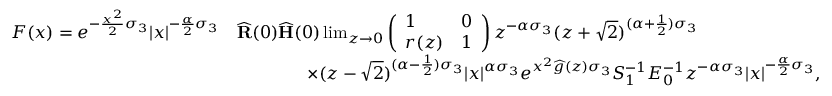
\begin{array} { r l } { F ( x ) = e ^ { - \frac { x ^ { 2 } } { 2 } \sigma _ { 3 } } | x | ^ { - \frac { \alpha } { 2 } \sigma _ { 3 } } } & { \widehat { \mathbf { R } } ( 0 ) \widehat { \mathbf { H } } ( 0 ) \operatorname* { l i m } _ { z \to 0 } \left( \begin{array} { l l } { 1 } & { 0 } \\ { r ( z ) } & { 1 } \end{array} \right) z ^ { - \alpha \sigma _ { 3 } } ( z + \sqrt { 2 } ) ^ { ( \alpha + \frac { 1 } { 2 } ) \sigma _ { 3 } } } \\ & { \qquad \qquad \times ( z - \sqrt { 2 } ) ^ { ( \alpha - \frac { 1 } { 2 } ) \sigma _ { 3 } } | x | ^ { \alpha \sigma _ { 3 } } e ^ { x ^ { 2 } \widehat { g } ( z ) \sigma _ { 3 } } S _ { 1 } ^ { - 1 } E _ { 0 } ^ { - 1 } z ^ { - \alpha \sigma _ { 3 } } | x | ^ { - \frac { \alpha } { 2 } \sigma _ { 3 } } , } \end{array}